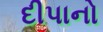
દીપાનો